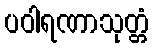
ပဝါရဏာသုတ္တံ